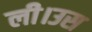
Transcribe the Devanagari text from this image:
ली।उस